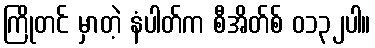
ကြိုတင် မှာတဲ့ နံပါတ်က စီအိတ်စ် ၀၁၃၂ပါ။